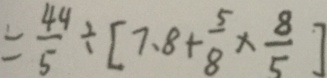
= \frac { 4 4 } { 5 } \div [ 7 . 8 + \frac { 5 } { 8 } \times \frac { 8 } { 5 } ]